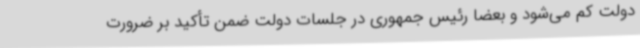
دولت کم می‌شود و بعضاً رئیس جمهوری در جلسات دولت ضمن تأکید بر ضرورت